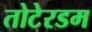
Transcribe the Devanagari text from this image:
तोटेरडम